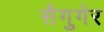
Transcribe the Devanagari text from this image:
सैगुगेर